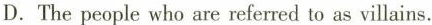
D. The people who are referred to as villains.